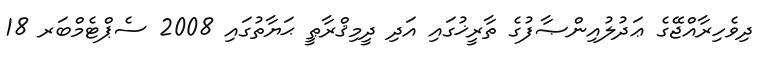
ދިވެހިރާއްޖޭގެ ޢަދުލުއިންޞާފުގެ ތާރީޚުގައި އަދި ދީމިޤްރާޠީ ޙަޔާތުގައި 2008 ސެޕްޓެމްބަރ 18